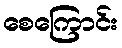
စေကြောင်း